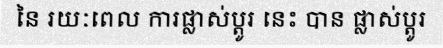
នៃ រយៈពេល ការផ្លាស់ប្តូរ នេះ បាន ផ្លាស់ប្តូរ